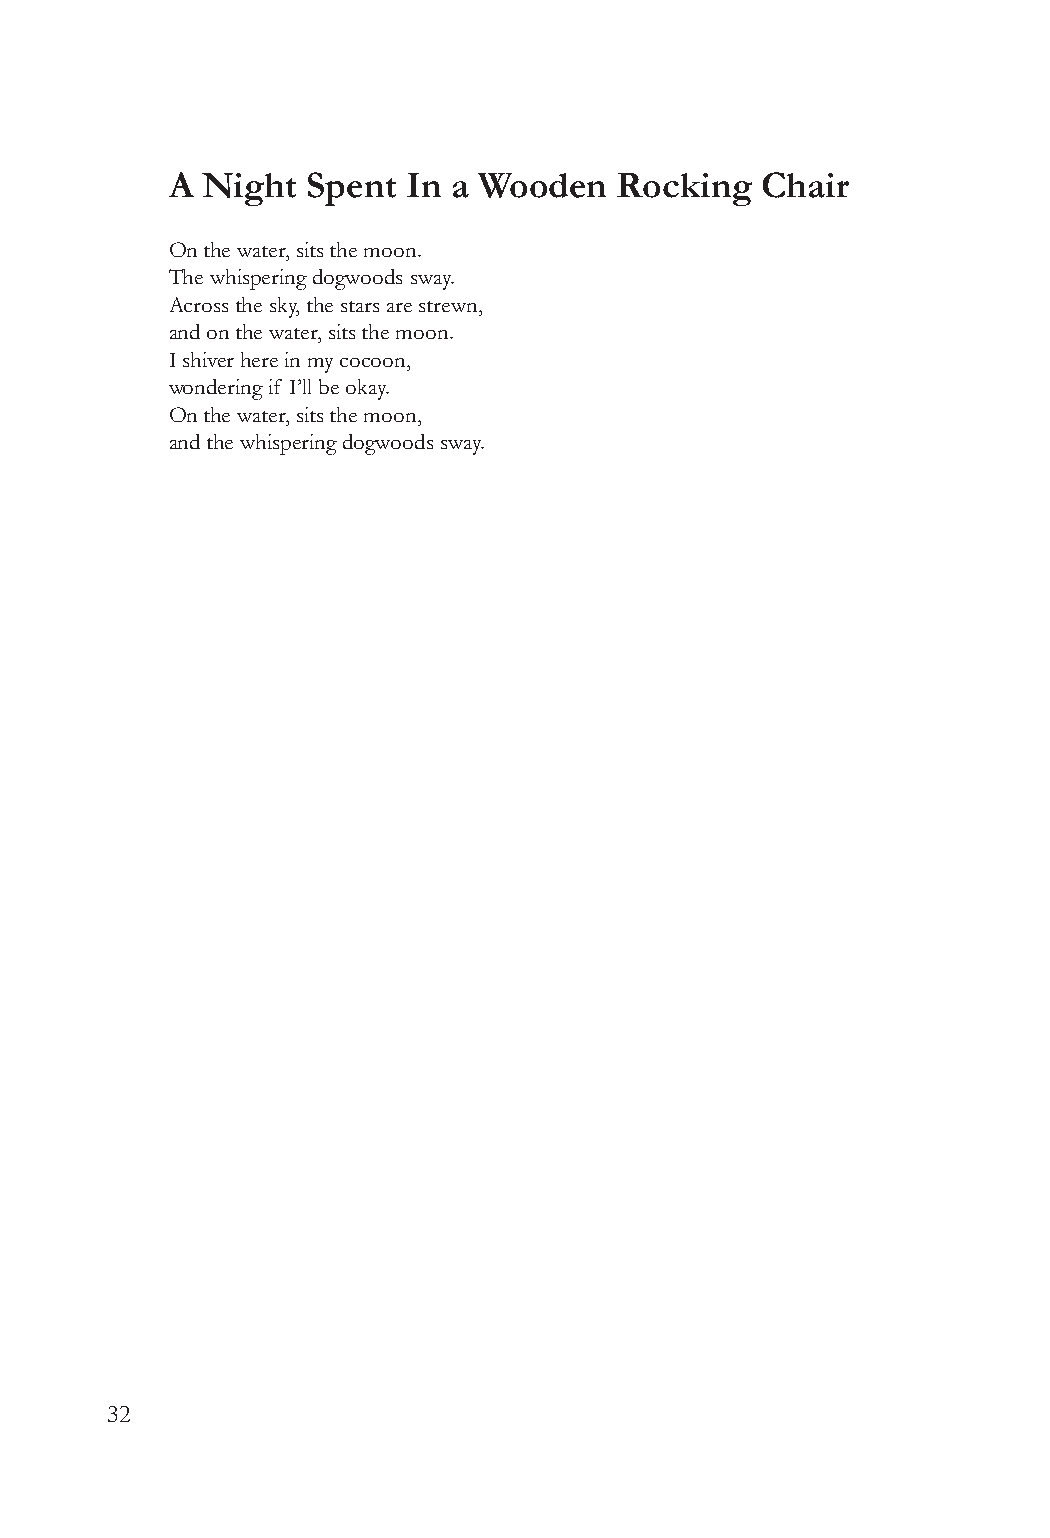
A Night  Spent  In a Wooden   Rocking  Chair
 On the water, sits the moon.
 The whispering dogwoods sway.
 Across the sky, the stars are strewn,
 and on the water, sits the moon.
 I shiver here in my cocoon,
 wondering if I’ll be okay.
 On the water, sits the moon,
 and the whispering dogwoods sway.
 32